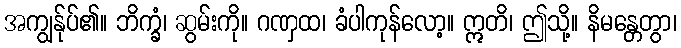
အကျွန်ုပ်၏။ ဘိက္ခံ၊ ဆွမ်းကို။ ဂဏှထ၊ ခံပါကုန်လော့။ ဣတိ၊ ဤသို့။ နိမန္တေတွာ၊